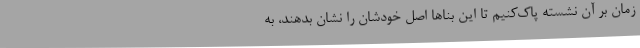
زمان بر آن نشسته پاک‌کنیم تا این بناها اصل خودشان را نشان بدهند، به